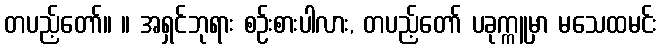
တပည့်တော်။ ။ အရှင်ဘုရား စဉ်းစားပါလား, တပည့်တော် ပခုက္ကူမှာ မသေထမင်း